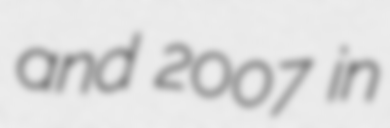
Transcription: and 2007 in